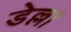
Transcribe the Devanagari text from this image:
डेल्ला